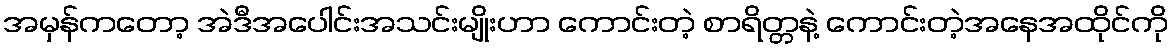
အမှန်ကတော့ အဲဒီအပေါင်းအသင်းမျိုးဟာ ကောင်းတဲ့ စာရိတ္တနဲ့ ကောင်းတဲ့အနေအထိုင်ကို